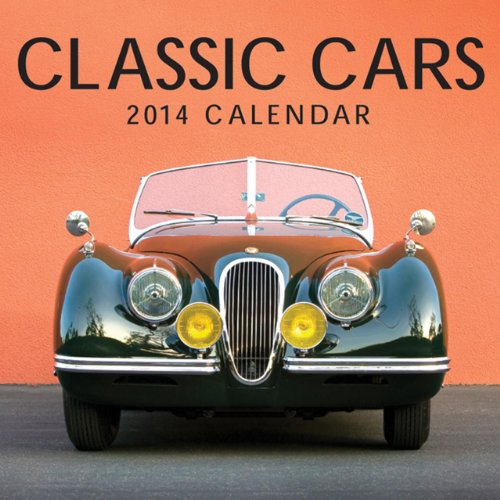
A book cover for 2014 Calendar: Classic Cars: 12-Month Calendar Featuring Stunning Photographs Of Classic Cars; Peony Press; Calendars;